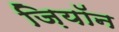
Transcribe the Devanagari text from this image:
ज़ियॉन